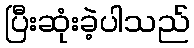
ပြီးဆုံးခဲ့ပါသည်